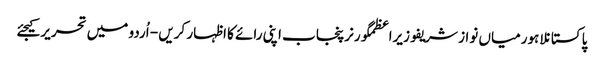
پاکستانلاہورمیاں نواز شریفوزیراعظمگورنرپنجاب اپنی رائے کا اظہار کریں - اُردو میں تحریر کیجئے